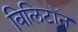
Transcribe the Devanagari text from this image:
बिलिटॉन